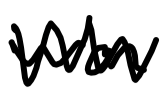
Text: won
Cross-out: zig-zag
Writing tool: digital_black